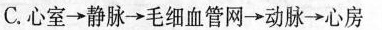
C.心室→静脉→毛细血管网→动脉→心房